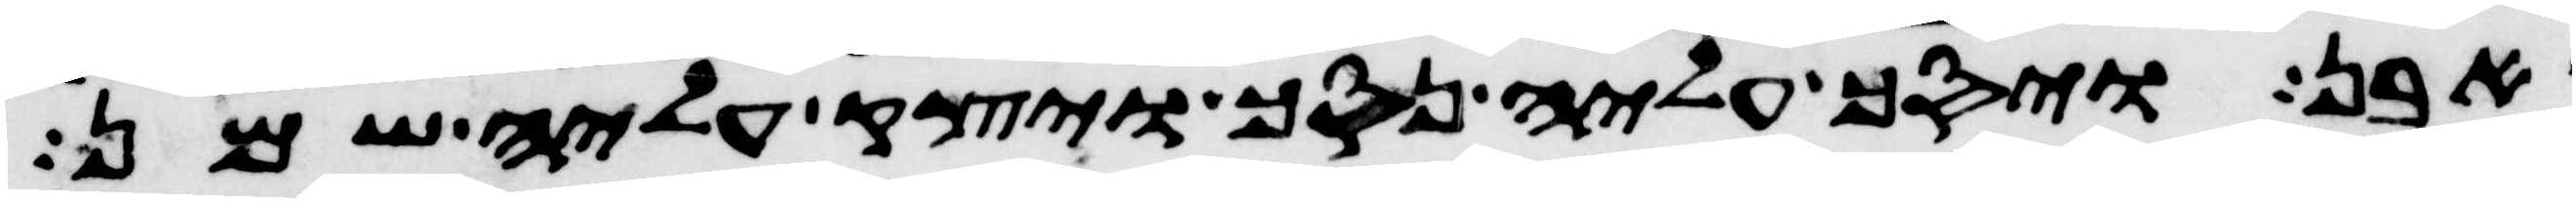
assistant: אבן ויסך עליה נסך ויצק עליה שמן